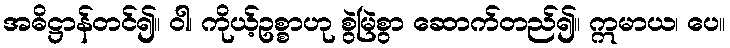
အဓိဋ္ဌာန်တင်၍။ ဝါ၊ ကိုယ့်ဥစ္စာဟု စွဲမြဲစွာ ဆောက်တည်၍။ ဣမာယ၊ ပေ။